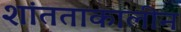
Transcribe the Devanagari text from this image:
शांतताकालीन